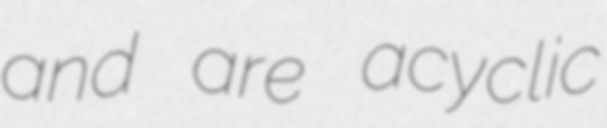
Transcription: and are acyclic